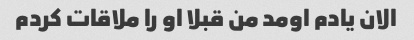
الان یادم اومد من قبلا او را ملاقات کردم